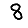
Digit: 8